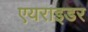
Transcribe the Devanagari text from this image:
एयराइडर